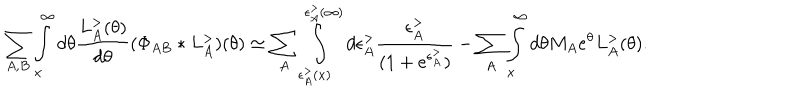
LaTeX: \sum _ { A , B } \int _ { x } ^ { \infty } d \theta \frac { L _ { A } ^ { > } ( \theta ) } { d \theta } ( \Phi _ { A B } * L _ { A } ^ { > } ) ( \theta ) \simeq \sum _ { A } \int _ { \epsilon _ { A } ^ { > } ( x ) } ^ { \epsilon _ { A } ^ { > } ( \infty ) } d \epsilon _ { A } ^ { > } \frac { \epsilon _ { A } ^ { > } } { ( 1 + e ^ { \epsilon _ { A } ^ { > } } ) } - \sum _ { A } \int _ { x } ^ { \infty } d \theta M _ { A } e ^ { \theta } L _ { A } ^ { > } ( \theta ) .